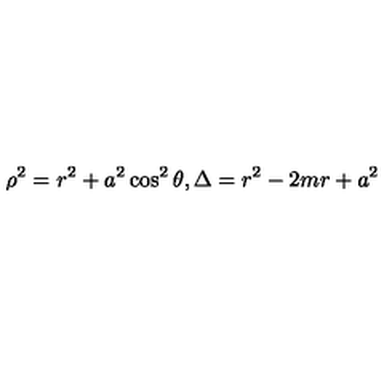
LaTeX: \rho ^ { 2 } = r ^ { 2 } + a ^ { 2 } \cos ^ { 2 } \theta , \Delta = r ^ { 2 } - 2 m r + a ^ { 2 }